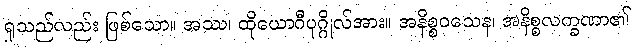
ရှုသည်လည်း ဖြစ်သော။ အဿ၊ ထိုယောဂီပုဂ္ဂိုလ်အား။ အနိစ္စဝသေန၊ အနိစ္စလက္ခဏာ၏